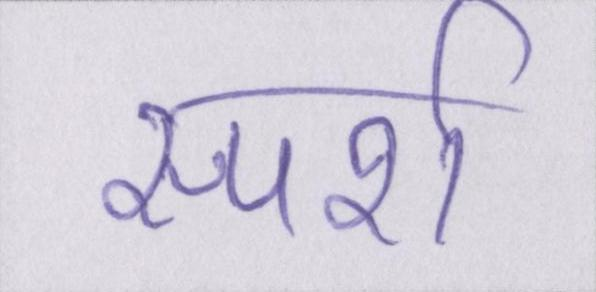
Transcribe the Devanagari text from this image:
स्पर्श